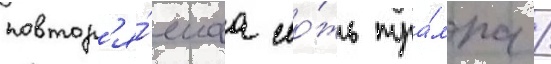
повтор'я́емаа ло́жь тра́мпа /